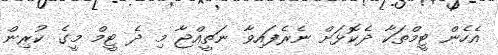
އެހެން ޓީމްތަކާ ދެކޮޅަށް ނެރެފައިވާ ނަތީއްޖާ މި ދެ ޓީމް މީގެ ކުރިން